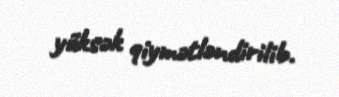
yüksək qiymətləndirilib.